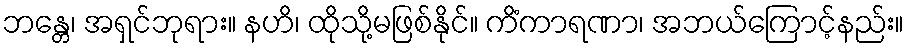
ဘန္တေ၊ အရှင်ဘုရား။ နဟိ၊ ထိုသို့မဖြစ်နိုင်။ ကိံကာရဏာ၊ အဘယ်ကြောင့်နည်း။